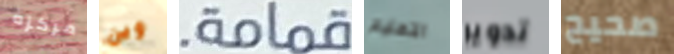
مركزه وين قمامة. التعليم تدوير صحيح